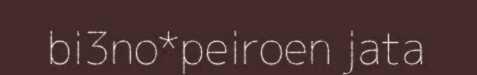
bi3no*peiroen jata